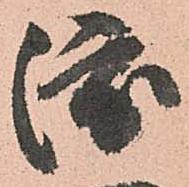
渡